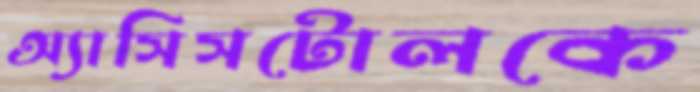
অ্যাসিসটোলকে